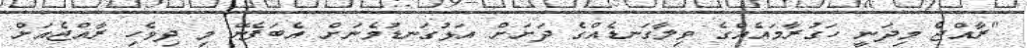
"ރާއްޖެ މިދަނީ ހަގުރާމައެއްގެ ވިލާގަނޑެއްގެ ދަށަށް އަޅުގަނޑުމެނަށް އެބަފެނޭ މި ދިވެހި ރާއްޖެއަށް